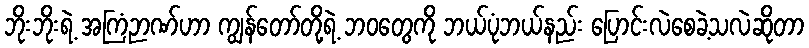
ဘိုးဘိုးရဲ့ အကြံဉာဏ်ဟာ ကျွန်တော်တို့ရဲ့ ဘဝတွေကို ဘယ်ပုံဘယ်နည်း ပြောင်းလဲစေခဲ့သလဲဆိုတာ